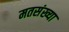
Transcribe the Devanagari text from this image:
मतसंख्या